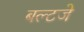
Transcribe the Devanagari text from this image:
बल्टजे